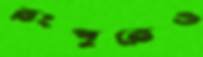
রংপুরেও